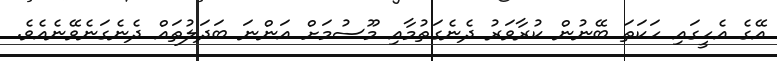
އޭގެ އެހީގައި ހަކަތަ ބޭނުން ކުރާވަރު ދެނެގަތުމާއި މޫސުމަށް އަންނަ ބަދަލުތައް ދެނެގަނެވޭނެއެވެ.